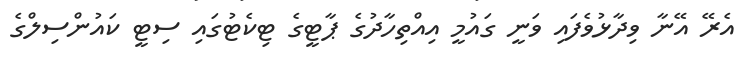
އެރޭ އޭނާ ވިދާޅުވެފައި ވަނީ ގައުމީ އިއްތިހާދުގެ ޕާޓީގެ ޓިކެޓުގައި ސިޓީ ކައުންސިލްގެ